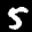
Label: 5